Report on plague in the Punjab from October 1st ... to September 30th ..., being the ... season of plague in the province
Disease focus: Plague
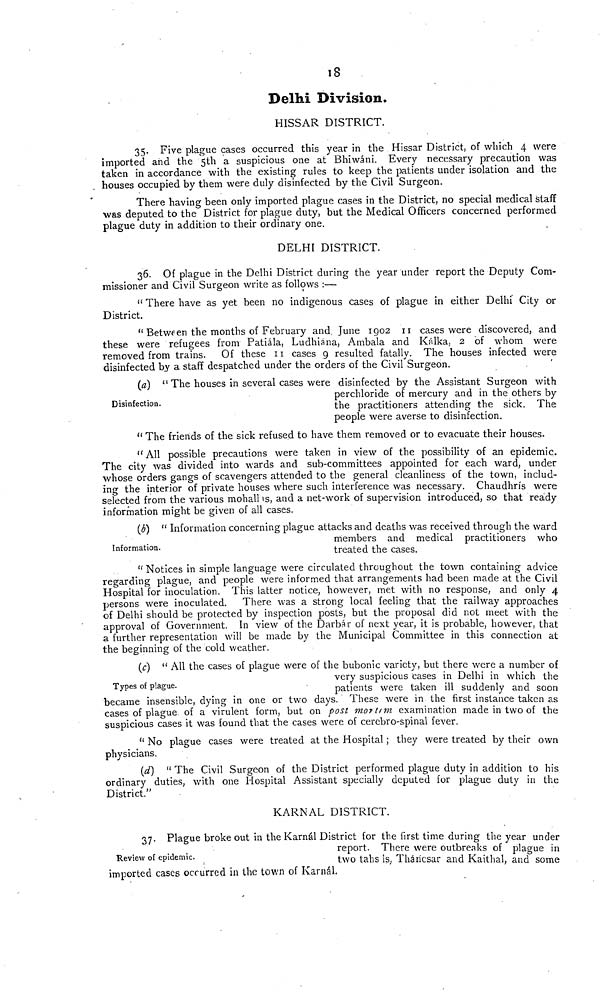
18
Delhi Division.
HISSAR DISTRICT.
35. Five plague cases occurred this year in the Hissar District, of which 4 were
imported and the 5th a suspicious one at Bhiwáni. Every necessary precaution was
taken in accordance with the existing rules to keep the patients under isolation and the
houses occupied by them were duly disinfected by the Civil Surgeon.
There having been only imported plague cases in the District, no special medical staff
was deputed to the District for plague duty, but the Medical Officers concerned performed
plague duty in addition to their ordinary one.
DELHI DISTRICT.
36. Of plague in the Delhi District during the year under report the Deputy Com-
missioner and Civil Surgeon write as follows :—
" There have as yet been no indigenous cases of plague in either Delhi City or
District.
" Between the months of February and. June 1902 II cases were discovered, and
these were refugees from Patiála, Ludhiána, Ambala and Kálka, 2 of whom were
removed from trains. Of these 11 cases 9 resulted fatally. The houses infected were
disinfected by a staff despatched under the orders of the Civil Surgeon.
(a) " The houses in several cases were disinfected by the Assistant Surgeon with
perchloride of mercury and in the others by
the practitioners attending the sick. The
people were averse to disinfection.
Disinfection.
" The friends of the sick refused to have them removed or to evacuate their houses.
" All possible precautions were taken in view of the possibility of an epidemic.
The city was divided into wards and sub-committees appointed for each ward, under
whose orders gangs of scavengers attended to the general cleanliness of the town, includ-
ing the interior of private houses where such interference was necessary. Chaudhris were
selected from the various mohallis, and a net-work of supervision introduced, so that ready
information might be given of all cases.
(b) " Information concerning plague attacks and deaths was received through the ward
members and medical practitioners who
treated the cases.
Information.
ct Notices in simple language were circulated throughout the town containing advice
regarding plague, and people were informed that arrangements had been made at the Civil
Hospital for inoculation. This latter notice, however, met with no response, and only 4
persons were inoculated. There was a strong local feeling that the railway approaches
of Delhi should be protected by inspection posts, but the proposal did not meet with the
approval of Government. In view of the Darbár of next year, it is probable, however, that
a further representation will be made by the Municipal Committee in this connection at
the beginning of the cold weather.
(c) " All the cases of plague were of the bubonic variety, but there were a number of
very suspicious cases in Delhi in which the
patients were taken ill suddenly and soon
became insensible, dying in one or two days. These were in the first instance taken as
cases of plague of a virulent form, but on post mortem examination made in two of the
suspicious cases it was found that the cases were of cerebro-spinal fever.
Types of plague.
" No plague cases were treated at the Hospital ; they were treated by their own
physicians.
id) " The Civil Surgeon of the District performed plague duty in addition to his
ordinary duties, with one Hospital Assistant specially deputed for plague duty in the
District."
KARNAL DISTRICT.
37. Plague broke out in the Karnál District for the first time during the year under
report. There were outbreaks of plague in
two tabs is, Tháricsar and Kaithal, and some
imported cases occurred in the town of Karnál.
Review of epidemic.